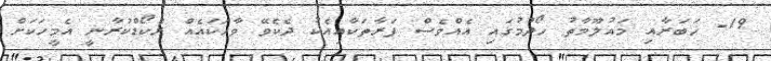
19- ޚަބަރާއި މައުލޫމާތު ހޯދުމުގައި އެއްވެސް ފަރާތަކާއިއެކު ދެކެވޭ ވާހަކައެއް ރެކޯޑްކުރާނީ އެމީހަކަށް